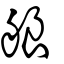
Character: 艆